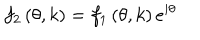
f _ { 2 } \left( \theta , k \right) = f _ { 1 } \left( \theta , k \right) e ^ { i \theta }